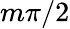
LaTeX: m\pi/2